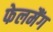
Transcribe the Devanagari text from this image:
फेलमैंग